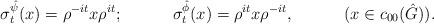
LaTeX: \begin{align*}\sigma_t^{\hat\psi}(x) = \rho^{-it}x\rho^{it}; && \sigma_t^{\hat\phi}(x) = \rho^{it}x\rho^{-it}, && (x\in c_{00}(\hat G)). \end{align*}